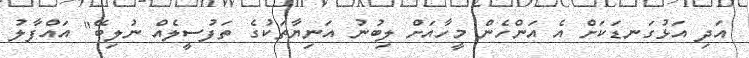
އަދި އަޅުގަނޑަކަށް އެ އަންހެން މީހާއަށް ލިބުނު އަނިޔާތަކުގެ ތަފުސީލެއް ނުލިބޭ" އައްފާލު